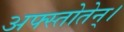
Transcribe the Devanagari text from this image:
अफ्स्तोतेन्।